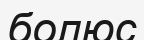
болюс